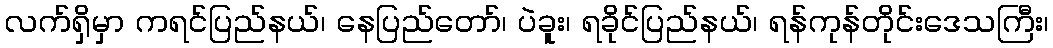
လက်ရှိမှာ ကရင်ပြည်နယ်၊ နေပြည်တော်၊ ပဲခူး၊ ရခိုင်ပြည်နယ်၊ ရန်ကုန်တိုင်းဒေသကြီး၊